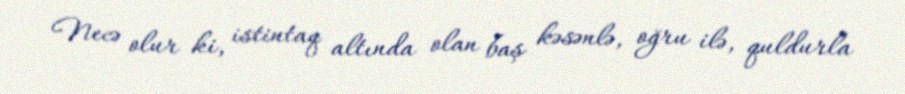
Necə olur ki, istintaq altında olan baş kəsənlə, oğru ilə, quldurla